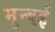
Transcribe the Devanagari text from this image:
मुन्बई